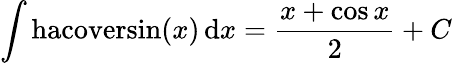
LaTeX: \int\mathrm{hacoversin}(x)\, \mathrm{d}x={\frac{x+\cos{x}}{2}}+C